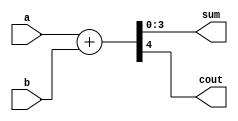
// Listing 3.13
module adder_carry_95 (a, b, sum, cout);
   parameter N = 4;     // parameter declared before the port
   parameter N1 = N-1;  // no localparam in Verilog-1995
   input wire [N1:0] a, b;
   output wire [N1:0] sum;
   output wire cout;

   // signal declaration
   wire [N:0] sum_ext;

   //body
   assign sum_ext = {1'b0, a} + {1'b0, b};
   assign sum = sum_ext[N1:0];
   assign cout= sum_ext[N];

endmodule